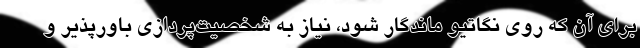
برای آن که روی نگاتیو ماندگار شود، نیاز به شخصیت‌پردازی باورپذیر و